Plague in India, 1896, 1897 - Volume 3
Year: 1896
Disease focus: Plague
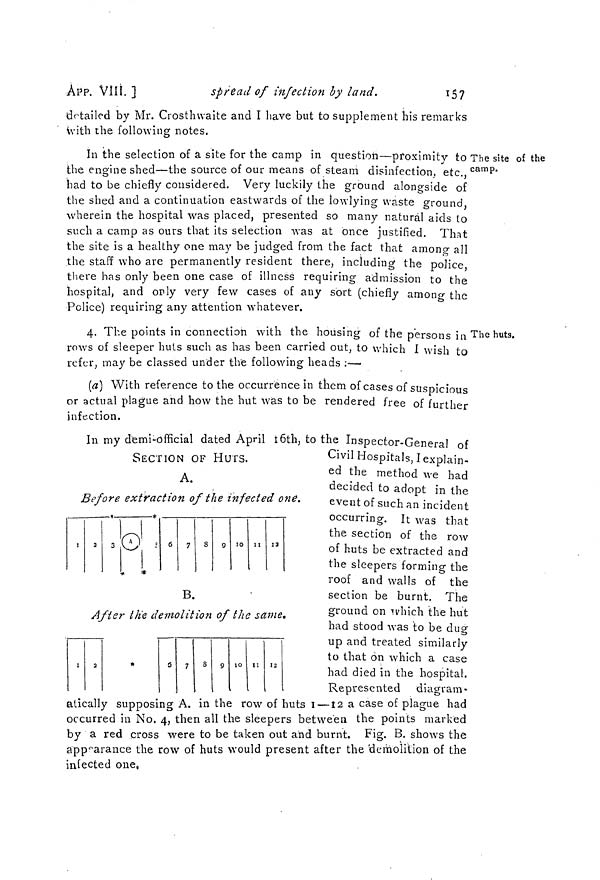
157
APP. VIII. ]
spread of infection by land.
detailed by Mr. Crosthwaite and I have but to supplement his remarks
with the following notes.
The site of the
camp.
In the selection of a site for the camp in question—proximity to
the engine shed—the source of our means of steam disinfection, etc.
had to be chiefly considered. Very luckily the ground along-side of
the shed and a continuation eastwards of the lowlying waste ground
wherein the hospital was placed, presented so many natural aids to
such a camp as ours that its selection was at once justified. That
the site is a healthy one may be judged from the fact that among all
the staff who are permanently resident there, including the police
there has only been one case of illness requiring admission to the
hospital, and only very few cases of any sort (chiefly among the
Police) requiring any attention whatever.
The huts.
4. The points in connection with the housing of the persons in
rows of sleeper huts such as has been carried out, to which I wish to
refer, may be classed under the following heads :—
(a) With reference to the occurrence in them of cases of suspicious
or actual plague and how the hut was to be rendered free of further
infection.
In my demi-official dated April 16th, to the Inspector-General of
SECTION OF HUTS.
A.
Before extraction of the infected one.
B.
After the demolition of the same*
Civil Hospitals, I explain-
ed the method we had
decided to adopt in the
event of such an incident
occurring. It was that
the section of the row
of huts be extracted and
the sleepers forming the
roof and walls of the
section be burnt. The
ground on which the hut
had stood was to be duo-
up and treated similarly
to that on which a case
had died in the hospital.
Represented diagram-
atically supposing A. in the row of huts 1 —12 a case of plague had
occurred in No. 4, then all the sleepers between the points marked
by a red cross were to be taken out and burnt. Fig. B. shows the
appearance the row of huts would present after the 'demolition of the
infected one,